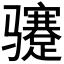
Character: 𬴏